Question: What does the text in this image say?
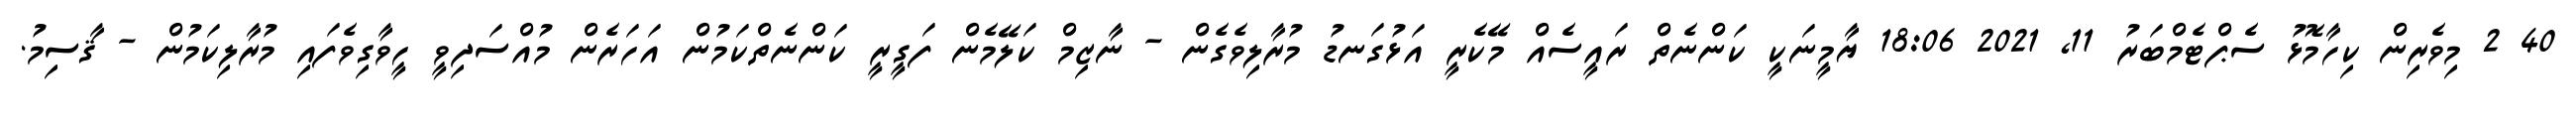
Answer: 40 2 މިވެރިން ކިހާމޮޅު ސެޕްޓެމްބަރު 11, 2021 18:06 ޔާމީނަކީ ކަންނެތް ރައީސެއް މޭކެރީ އަޅުގަނޑު މުރާލިވެގެން - ނާޒިމް ކަލޭމެން ފަގީރީ ކަންނެތްކަމުން އަހަރެން މުއްސަދިވީ ހީވާގިވެފައި މުރާލިކަމުން - ޤާސިމު.